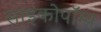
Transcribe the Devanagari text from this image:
साइकोपॉम्प